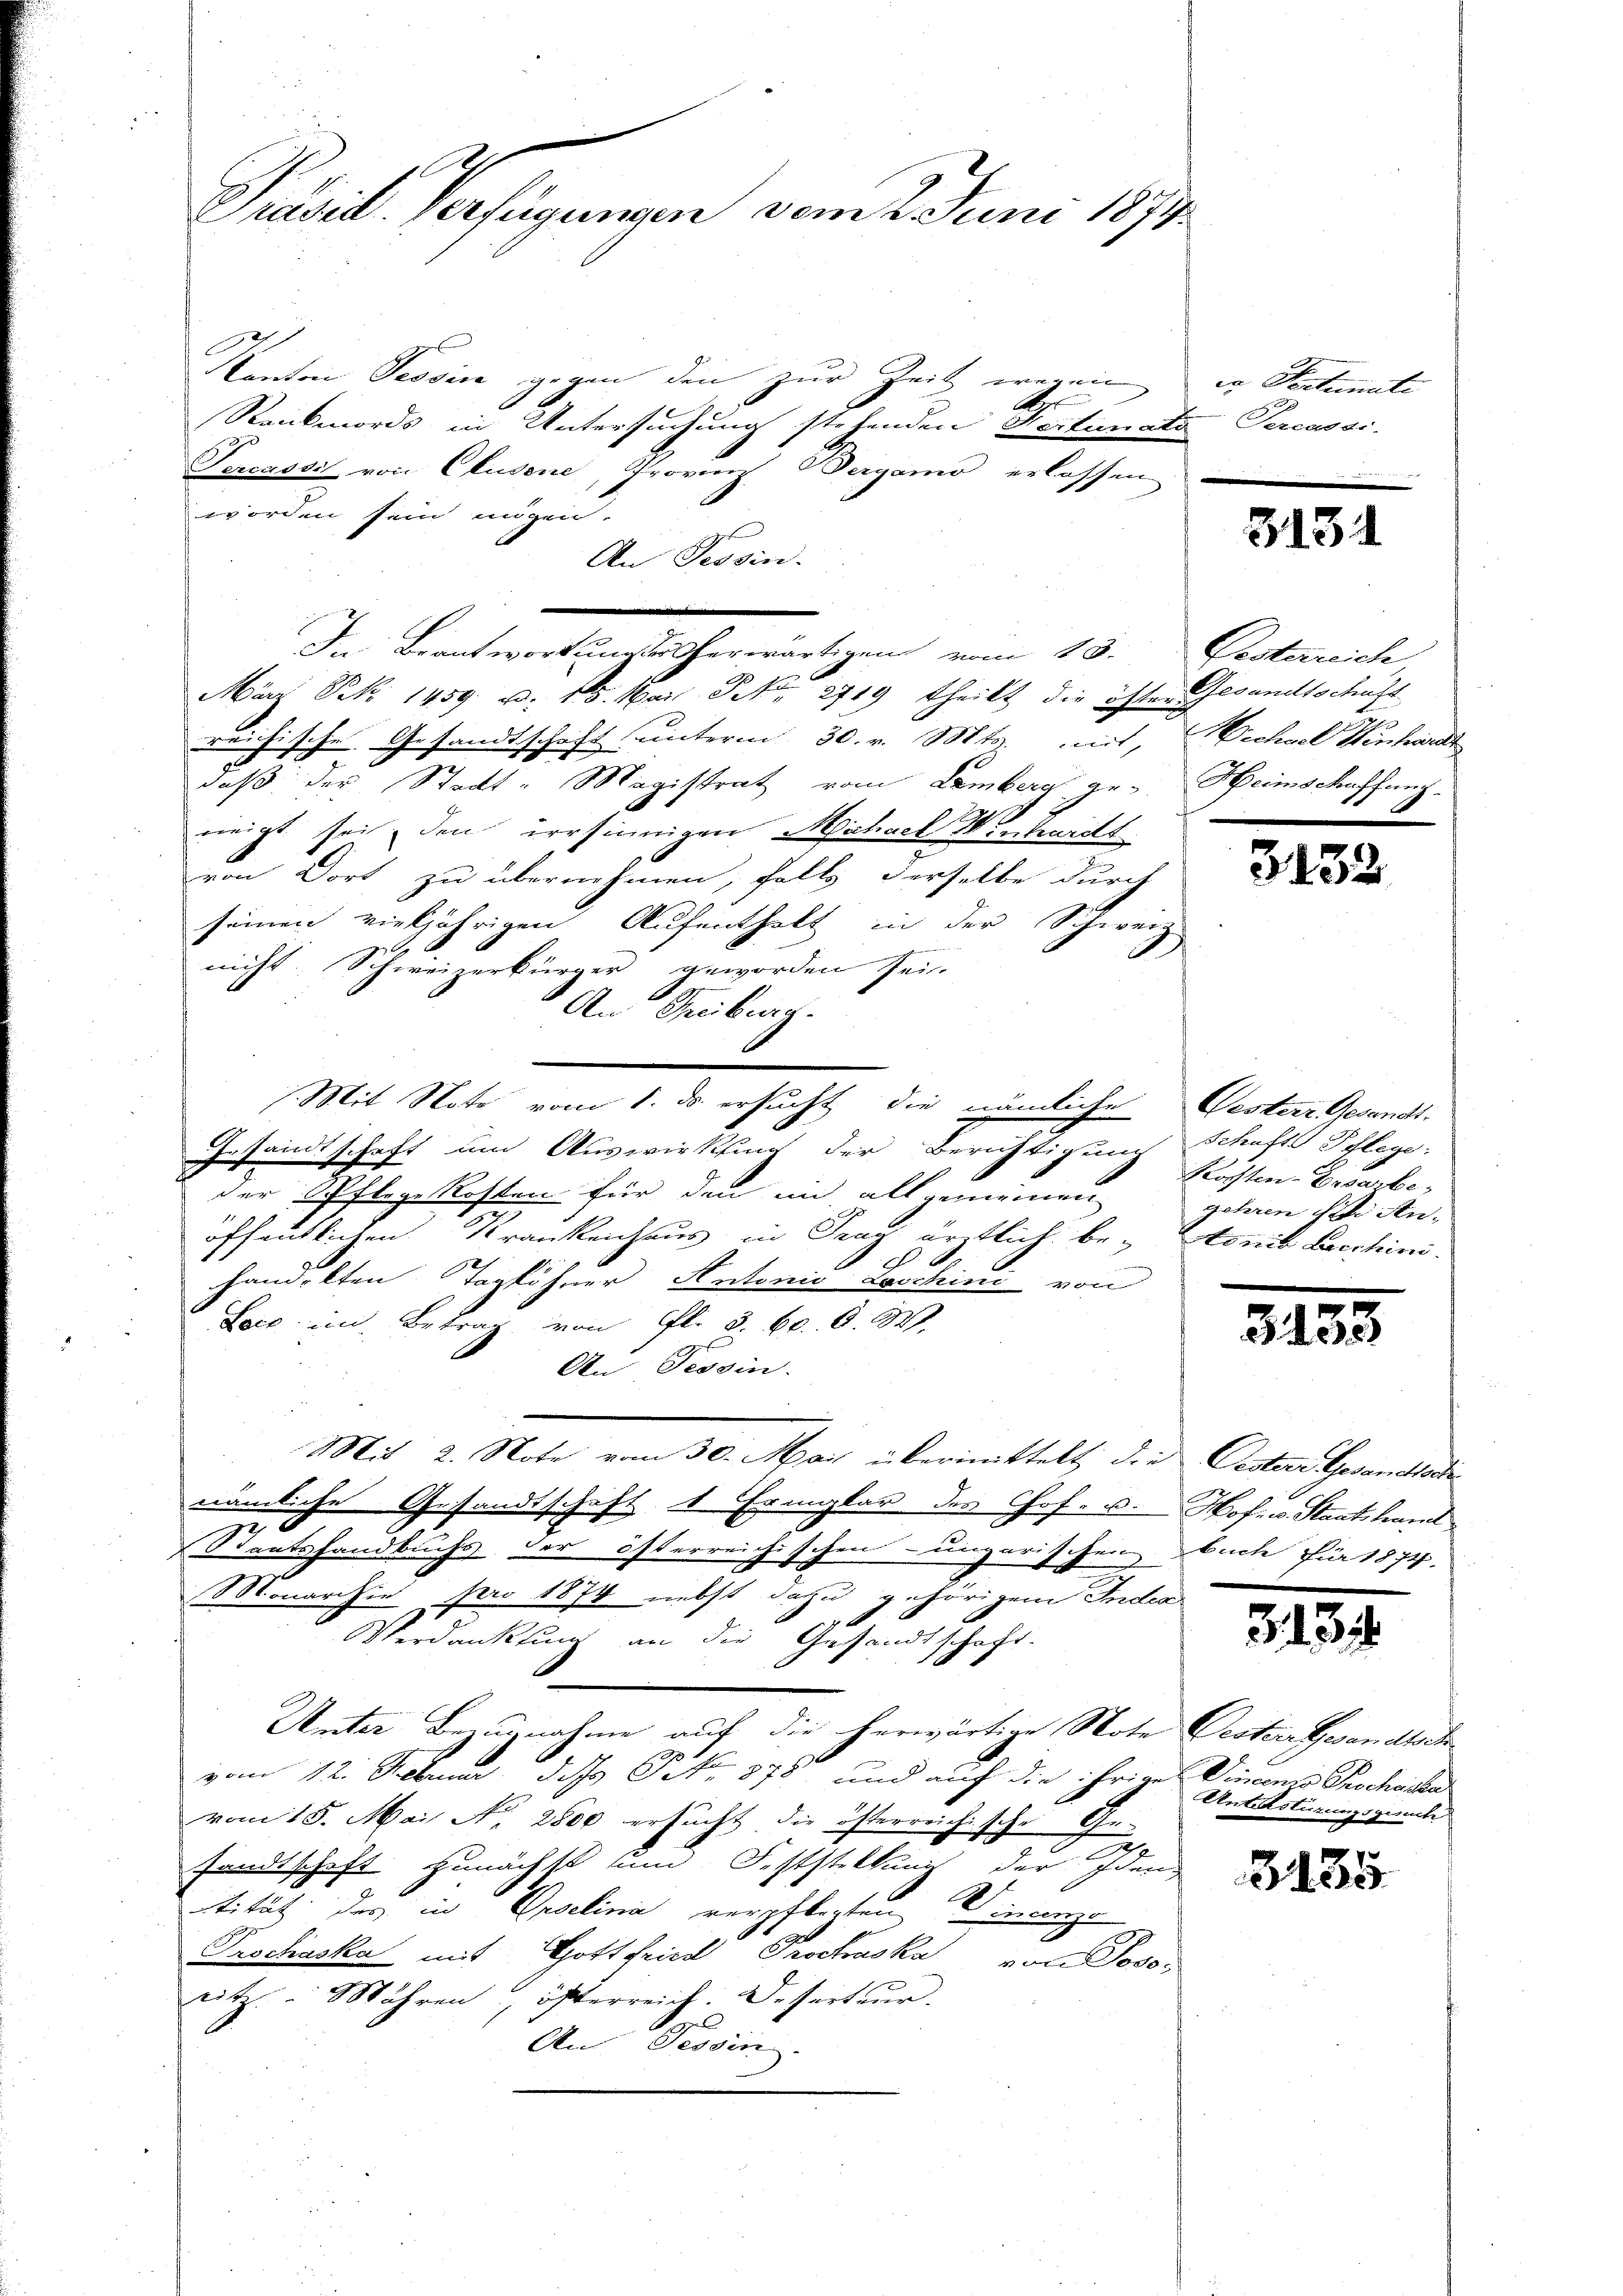
Prasil Versagungen vom 2 Juni 1873.

Kanton Tessine gegen den zur Zeit wegen
.
Rankmords in Untersuchung stehenden Fertinat
Tercassis von Chusene, Provinz, Pergamo erlassen
worden sein mögen.
An Tessin.
März S. 1459. a. 15. Mais No 2719. theilt die öfter Gesandtschaft
reichische Gesandtschaft unterm 30. v. Mts. mit,
daß der Stadt- Magistrat vom Lemberg geneigt sei, den irrsinnigen Michael Winhardt
von Dort zu übernehmen, falls derselbe durch
seinen vieljährigen Aufenthalt in der Schweiz
nicht. Schweizerbürger geworden sei.
An Freiburg.
Gesandtschaft um Auswirkung der Berichtigung
der Pflege Kosten für den im allgemeinen
öffentlichen Krankenhaus in Prag ärztlich be-
c
handelten Taglöhner Antonio Loschini von
Loco im Betrag von fl. 5. 60. 6. 34.
An Tessin.
Mit 2. Note vom 30. Mai übermittelt, die Oestere Gesandtadinämliche Gesandtschaft 1 Ermplar des Hof- u. Hof v. Staatskant
e
Staatshandbuchs der österreichischen ungarischen, buche für 1874.
Monarchie pro 1874 nebst dazu gehörigen Inder
x
Verdankung an die Gesandtschaft.
Unter Bezugnahme auf die herwärtige Note
2
vom 12. Februar das No 878 und auf die ihrige Vincenso Geschicke
vom 15. Mai N. 2800 ersucht die österreichische Ge-
sandtschift zunächst und Feststellung der Iden
stitut der Geselina verpflegten Vincenze
Prochaska mit Gottfried Prochaska von Joso,
sitz Mähren, öfterreich. Deserteur.
An Tessin.

In Beantwortungserherwärtigen vom 13.

Mit Note vom 1. ds. ersucht, die nämliche

co Fertinate
te Percesar

3131

Pesterreich
Wechsel Winhardt
Heimschaffung

343.

Gesterr. Gesandt.
Schafts Pflege:
Kochten-Ersarbe,
zehren sie An-
tonis Leichini

u
31

313

Certin Gewandert
Antistirungsgesuch

3135